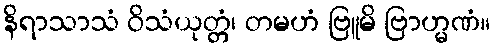
နိရာသာသံ ဝိသံယုတ္တံ၊ တမဟံ ဗြူမိ ဗြာဟ္မဏံ။